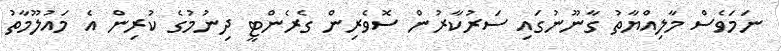
ނަމަވެސް މާލިއްޔާތު ގާނޫނުގައި ސަރުކާރުން ސޮވެރިން ގެރެންޓީ ދިނުމުގެ ކުރިން އެ މައުލޫމާތު